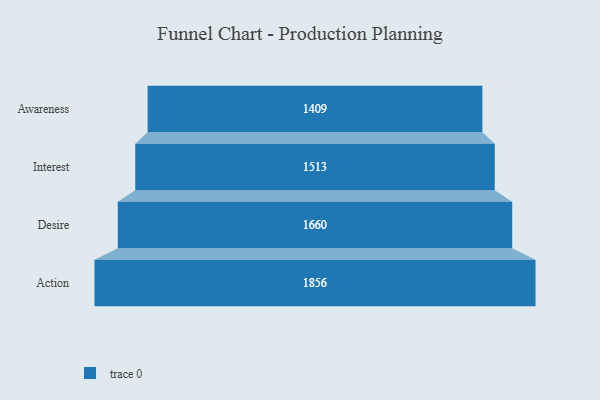
{"axis": {"x": "Stage", "y": "Value"}, "legend": [""], "data": [{"x": "Awareness", "y": 1409.0, "type": ""}, {"x": "Interest", "y": 1513.0, "type": ""}, {"x": "Desire", "y": 1660.0, "type": ""}, {"x": "Action", "y": 1856.0, "type": ""}]}